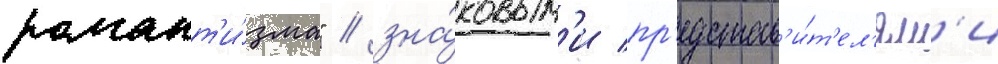
романт'и́зма" / зна́ковым'и пр'едстав'и́т'ел'ям'и